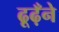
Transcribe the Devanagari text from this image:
ढूढ़ँने